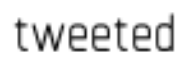
tweeted